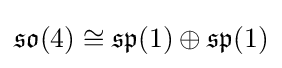
{\mathfrak {so}}(4)\cong {\mathfrak {sp}}(1)\oplus {\mathfrak {sp}}(1)